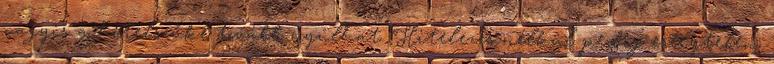
vagyis a hitelszűke tovább nyúlhat. Hitelezés nélkül pedig esélytelen,